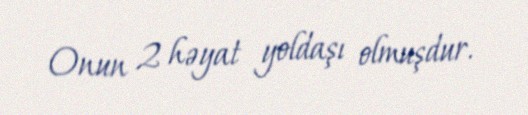
Onun 2 həyat yoldaşı olmuşdur.